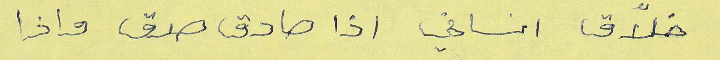
خلاّق انساني اذا صادق صدق واذا